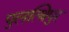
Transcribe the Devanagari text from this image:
पुलत्थिपुर